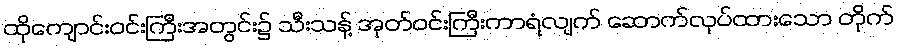
ထိုကျောင်းဝင်းကြီးအတွင်း၌ သီးသန့် အုတ်ဝင်းကြီးကာရံလျက် ဆောက်လုပ်ထားသော တိုက်